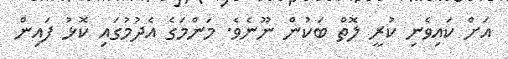
އަށް ކައިވެނި ކުރީ ލޮތްް ބަކުންް ނޫނެވެ. މަންމަގެ އެދުމުގައި ކޮޅު ފައިން